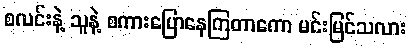
စလင်းနဲ့ သူနဲ့ စကားပြောနေကြတာကော မင်းမြင်သလား